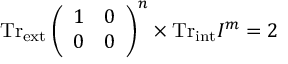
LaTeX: \mathrm { T r } _ { \mathrm { e x t } } \left( \begin{array} { c c } { { 1 } } & { { 0 } } \\ { { 0 } } & { { 0 } } \end{array} \right) ^ { n } \times \mathrm { T r } _ { \mathrm { i n t } } I ^ { m } = 2